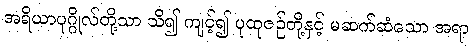
အရိယာပုဂ္ဂိုလ်တို့သာ သိ၍ ကျင့်၍ ပုထုဇဉ်တို့နှင့် မဆက်ဆံသော အရာ